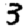
Digit: 3